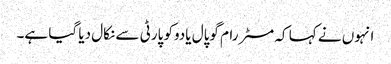
انہوں نے کہا کہ مسٹر رام گوپال یادوکو پارٹی سے نکال دیا گیا ہے۔